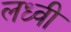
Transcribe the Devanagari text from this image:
लध्वी